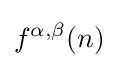
f^{\alpha ,\beta }(n)